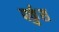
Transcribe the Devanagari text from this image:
पर्कुस